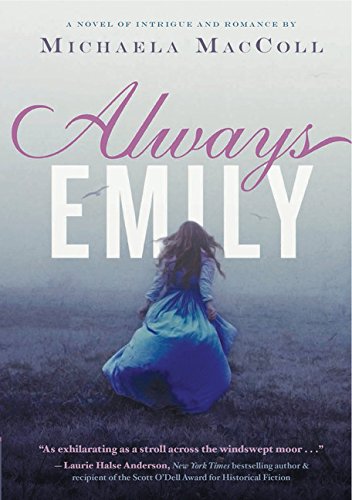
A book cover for Always Emily; Michaela MacColl; Teen & Young Adult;